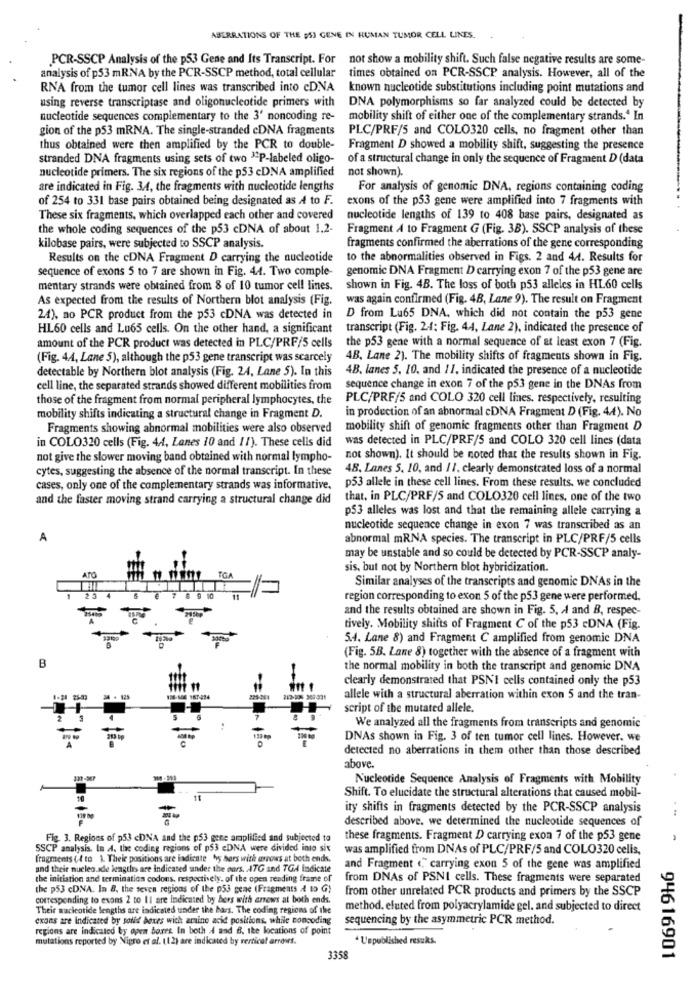
ABERRATIONS OF THE DS3 GENE IN HUMAN TUMOR CELL LINES.
PCR-SSCP Analysis of the p53 Gene and Its Transcript. For
not show a mobility shift. Such false negative results are some-
analysis of p53 mRNA by the PCR-SSCP method, total cellular
times obtained on PCR-SSCP analysis. However, all of the
RNA from the tumor cell lines was transcribed into cDNA
known nucleotide substitutions including point mutations and
using reverse transcriptase and oligonucleotide primers with
DNA polymorphisms so far analyzed could be detected by
nucleotide sequences complementary to the 3' noncoding re-
mobility shift of either one of the complementary strands." In
gion of the p53 mRNA. The single-stranded cDNA fragments
PLC/PRF/5 and COLO320 cells, no fragment other than
thus obtained were then amplified by the PCR to double-
Fragment D showed a mobility shift, suggesting the presence
stranded DNA fragments using sets of two "P-labeled oligo-
of a structural change in only the sequence of Fragment D (data
nucleotide primers. The six regions of the p53 cDNA amplified
not shown).
are indicated in Fig. 3.4, the fragments with nucleotide lengths
For analysis of genomic DNA, regions containing coding
of 254 to 331 base pairs obtained being designated as A to F.
exons of the p53 gene were amplified into 7 fragments with
These six fragments, which overlapped each other and covered
nucleotide lengths of 139 to 408 base pairs, designated as
the whole coding sequences of the p53 cDNA of about 1.2-
Fragment A to Fragment G (Fig. 3B). SSCP analysis of these
kilobase pairs, were subjected to SSCP analysis.
fragments confirmed the aberrations of the gene corresponding
Results on the cDNA Fragment D carrying the nucleotide
to the abnormalities observed in Figs. 2 and 44. Results for
sequence of exons 5 to 7 are shown in Fig. 44. Two comple-
genomic DNA Fragment D carrying exon 7 of the p53 gene are
mentary strands were obtained from 8 of 10 tumor cell lines.
shown in Fig. 4B. The loss of both p53 alleles in HL60 cells
As expected from the results of Northern blot analysis (Fig.
was again confirmed (Fig. 4B, Lane 9). The result on Fragment
2.4), no PCR product from the p53 cDNA was detected in
D from Lu65 DNA, which did not contain the p53 gene
HL60 cells and Lu65 cells. On the other hand, a significant
transcript (Fig. 24; Fig. 44, Lane 2), indicated the presence of
amount of the PCR product was detected in PLC/PRF/5 cells
the p53 gene with a normal sequence of at least exon 7 (Fig.
(Fig. 44, Lane 5), although the p53 gene transcript was scarcely
4B. Lane 2). The mobility shifts of fragments shown in Fig.
detectable by Northern blot analysis (Fig. 24, Lane 5). In this
4B. lanes 5, 10, and / 1, indicated the presence of a nucleotide
cell line, the separated strands showed different mobilities from
sequence change in exon 7 of the p53 gene in the DNAs from
those of the fragment from normal peripheral lymphocytes, the
PLC/PRF/5 and COLO 320 cell lines, respectively, resulting
in production of an abnormal cDNA Fragment D (Fig. 44). No
mobility shifts indicating a structural change in Fragment D.
Fragments showing abnormal mobilities were also observed
mobility shift of genomic fragments other than Fragment D
in COLO320 cells (Fig. 44, Lanes 10 and 1/). These cells did
was detected in PLC/PRF/5 and COLO 320 cell lines (data
not give the slower moving band obtained with normal lympho-
not shown). It should be noted that the results shown in Fig.
cytes, suggesting the absence of the normal transcript. In these
48. Lanes 5. 10, and / /, clearly demonstrated loss of a normal
cases, only one of the complementary strands was informative. p53 allele in these cell lines. From these results. we concluded
and the faster moving strand carrying a structural change did
that, in PLC/PRF/5 and COLO320 cell lines, one of the two
p53 alleles was lost and that the remaining allele carrying a
nucleotide sequence change in exon 7 was transcribed as an
A
abnormal mRNA species. The transcript in PLC/PRF/5 cells
may be unstable and so could be detected by PCR-SSCP analy-
sis, but not by Northern blot hybridization.
TGA
Similar analyses of the transcripts and genomic DNAs in the
region corresponding to exon 5 of the p53 gene were performed.
and the results obtained are shown in Fig. 5, A and B, respec-
tively. Mobility shifts of Fragment C of the p53 cDNA (Fig.
5.4. Lane 8) and Fragment C amplified from genomic DNA
B
(Fig. 5B. Lane 8) together with the absence of a fragment with
the normal mobility in both the transcript and genomic DNA
clearly demonstrated that PSN'I cells contained only the p53
4 . 123
allele with a structural aberration within exon 5 and the tran-
script of the mutated allele.
We analyzed all the fragments from transcripts and genomic
DNAs shown in Fig. 3 of ten tumor cell lines. However, we
detected no aberrations in them other than those described
above.
Nucleotide Sequence Analysis of Fragments with Mobility
Shift. To elucidate the structural alterations that caused mobil-
ity shifts in fragments detected by the PCR-SSCP analysis
described above. we determined the nucleotide sequences of
Fig. 3. Regions of p53 <DNA and the p53 gene amplified and subjected to
these fragments. Fragment D carrying exon 7 of the p53 gene
SSCP analysis. In A. the coding regions of p53 <DNA were divided into six
was amplified from DNAs of PLC/PRF/5 and COLO320 cells,
fragments (4 to ). Thele positions are indicate by hars with arrows at both ends.
and their nucleo.ade lengths are indicated under the ours. ATG and TGA indicate
and Fragment (" carrying exon 5 of the gene was amplified
the initiation and termination codons, respectively. of the open reading frame of
from DNAs of PSNI cells. These fragments were separated
the p53 cDNA. In 8, the seven regions of the p53 gene (Fragments { to G)
from other unrelated PCR products and primers by the SSCP
corresponding to exons 2 to 11 are Indicated by bers with arrows at both ends.
Their nucleotide lengths are indicated under the bars. The coding regions of the
method, eluted from polyacrylamide gel. and subjected to direct
cxons are indicated by sollid boxes wich amino acid positions, while concoding
sequencing by the asymmetric PCR method.
regions are indicated by open bores In both d and 6. the locations of point
mutations reported by Nigro et al. (12) are indicated by rerticat arrows.
+ Unpublished resuks.
3358
94616901